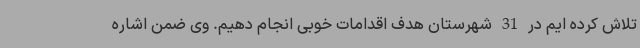
تلاش کرده ایم در 31 شهرستان هدف اقدامات خوبی انجام دهیم. وی ضمن اشاره